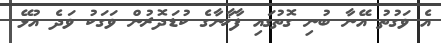
އެ ވަގުތު އޭނާ ބުނި ގޮތުގައި ފާޚާނާގެ ކުޑަދޮރުން ވަގަކު ވަދެ އުޅޭ